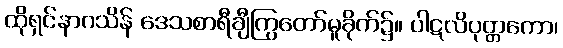
ထိုရှင်နာဂသိန် ဒေသစာရီချီကြွတော်မူခိုက်၌။ ပါဋလိပုတ္တကော၊